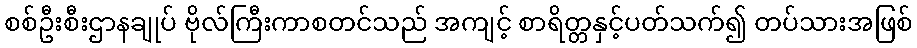
စစ်ဦးစီးဌာနချုပ် ဗိုလ်ကြီးကာစတင်သည် အကျင့် စာရိတ္တနှင့်ပတ်သက်၍ တပ်သားအဖြစ်